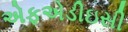
એફએડીઇસી